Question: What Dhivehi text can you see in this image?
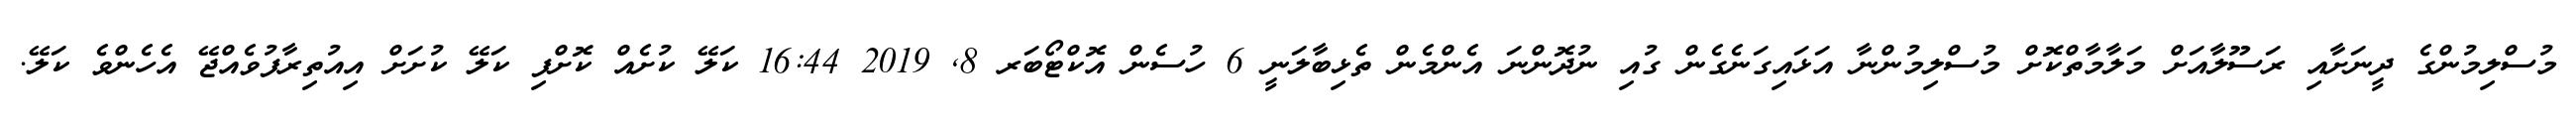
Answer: މުސްލިމުންގެ ދީނަށާއި ރަސޫލާއަށް މަލާމާތްކޮށް މުސްލިމުންނާ އަޅައިގަނެގެން ގުއި ނުދޮންނަ އެންމެން ތެޅިބާލަނީ 6 ހުސެން އޮކްޓޯބަރ 8, 2019 16:44 ކަލޭ ކުށެއް ކޮށްފި ކަލޭ ކުށަށް އިއުތިރާފުވެއްޖޭ އެހެންވެ ކަލޭ.